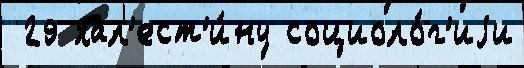
 29 Пал'ест'и́ну социоло́г'иjи